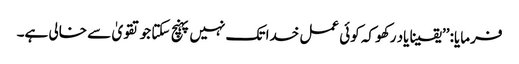
فرمایا: ’’یقینا یاد رکھو کہ کوئی عمل خدا تک نہیں پہنچ سکتا جو تقویٰ سے خالی ہے۔